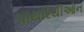
પાયરિથીઓન